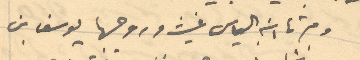
ومرتا ابنه الياس غيث وروجها يوسف بن